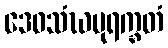
ဒေဝသံဃပုရက္ခတံ